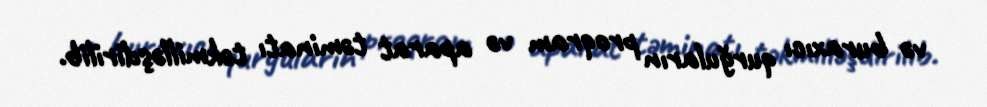
və buraxıcı qurğuların proqram və aparat təminatı təkmilləşdirilib.